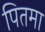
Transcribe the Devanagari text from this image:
पितमा